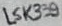
Text: LSK339